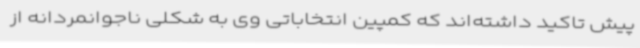
پیش تاکید داشته‌اند که کمپین انتخاباتی وی به شکلی ناجوانمردانه از